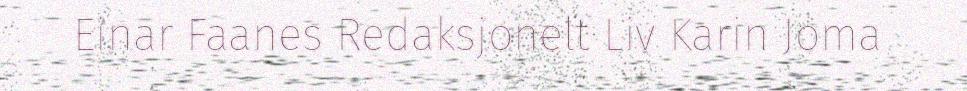
Einar Faanes Redaksjonelt Liv Karin Joma